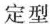
定型